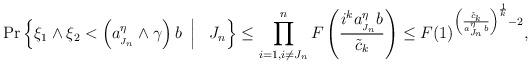
LaTeX: \begin{align*} \Pr \left\{ \xi_1 \wedge \xi_2 < \left(a_{_{J_n}}^\eta \wedge \gamma\right) b \ \left|\frac{}{}\right. \ J_n \right\} &\leq \prod_{i=1, i \neq J_n}^n F\left( \frac{ i^ka_{_{J_n}}^\eta b}{\tilde{c}_k} \right) \leq F(1)^{ \left(\frac{\tilde{c}_k}{a_{_{J_n}}^\eta b}\right)^{\frac{1}{k}}-2}, \end{align*}